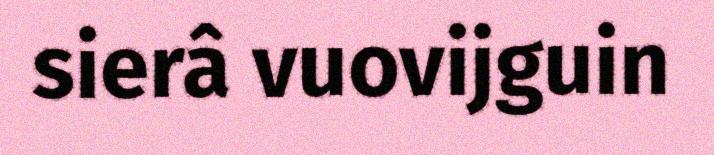
sierâ vuovijguin